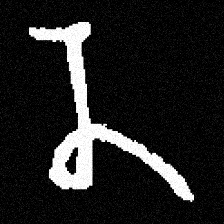
Pyu character \u2014 Myanmar letter: န (romanized: na)